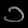
Digit: ၁